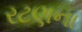
રટણના